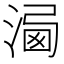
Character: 𣹍